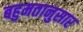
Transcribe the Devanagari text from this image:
बहुमतानुसार